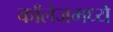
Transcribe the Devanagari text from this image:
काँलेजमध्ये